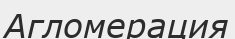
Агломерация